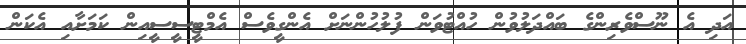
އަދި އެ ނޫސްވެރިންގެ ބައްދަލުވުން ހުއްޓުވަން ފުލުހުންނަށް އެންގީވެސް އެމްޓީސީސީއިން ކަމަށާއި އެކަން